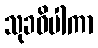
သုခဝိပါကာ